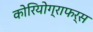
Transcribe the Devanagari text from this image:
कोरियोग्राफर्स